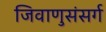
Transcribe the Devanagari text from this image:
जिवाणुसंसर्ग